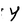
Character: Y